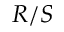
R / S